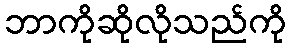
ဘာကိုဆိုလိုသည်ကို